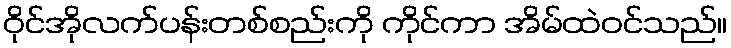
ဝိုင်အိုလက်ပန်းတစ်စည်းကို ကိုင်ကာ အိမ်ထဲဝင်သည်။